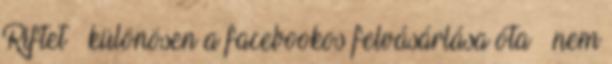
Riftet – különösen a facebookos felvásárlása óta – nem